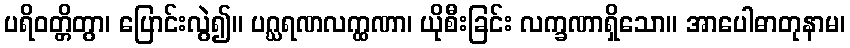
ပရိဝတ္တိတွာ၊ ပြောင်းလွဲ၍။ ပဂ္ဃရဏလက္ထဏာ၊ ယိုစီးခြင်း လက္ခဏာရှိသော။ အာပေါဓာတုနာမ၊